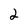
Character: 2